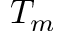
T _ { m }